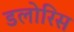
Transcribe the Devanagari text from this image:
डलोरिस